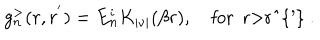
g _ { n } ^ { > } ( r , r ^ { ' } ) = E _ { n } ^ { i } K _ { | \nu | } ( \beta r ) , \quad \mathrm { f o r ~ r > r ^ { ' } ~ . }